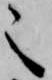
之